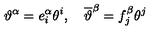
\vartheta ^ { \alpha } = e _ { i } ^ { \alpha } \theta ^ { i } , \quad \overline { { \vartheta } } ^ { \beta } = f _ { j } ^ { \beta } \theta ^ { j }